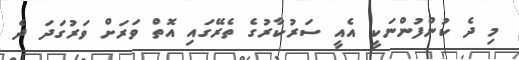
މި ދެ ކުންފުންނަކީ އެއީ ސަރުކާރުގެ ތެރޭގައި އޮތް ވަރަށް ވަރުގަދަ ދެ